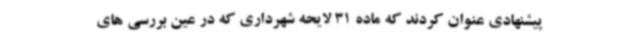
پیشنهادی عنوان کردند که ماده 31 لایحه شهرداری که در عین بررسی های